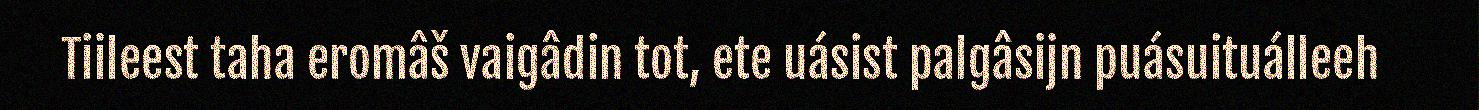
Tiileest taha eromâš vaigâdin tot, ete uásist palgâsijn puásuituálleeh